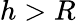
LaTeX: h>R